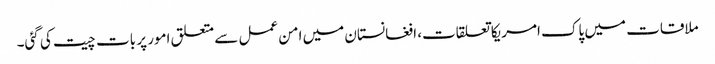
ملاقات میں پاک امریکا تعلقات، افغانستان میں امن عمل سے متعلق امور پر بات چیت کی گئی۔